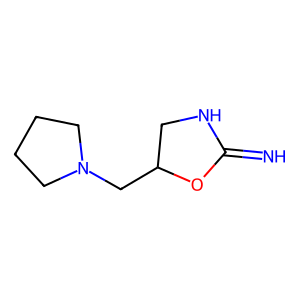
SMILES: N=C1NCC(CN2CCCC2)O1
Inhibits HIV replication: No